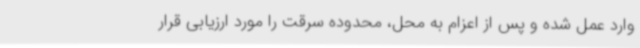
وارد عمل شده و پس از اعزام به محل، محدوده سرقت را مورد ارزیابی قرار